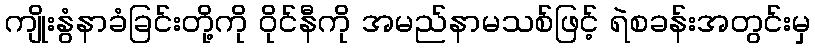
ကျိုးနွံနာခံခြင်းတို့ကို ဝိုင်နီကို အမည်နာမသစ်ဖြင့် ရဲစခန်းအတွင်းမှ